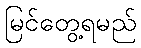
မြင်တွေ့ရမည်